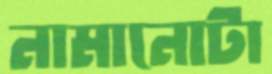
নামানোটা